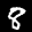
Label: 8